18_6369445_General_1948_Vol_1
Agency: Department of War
Incident date: 6/15/48
Page 3
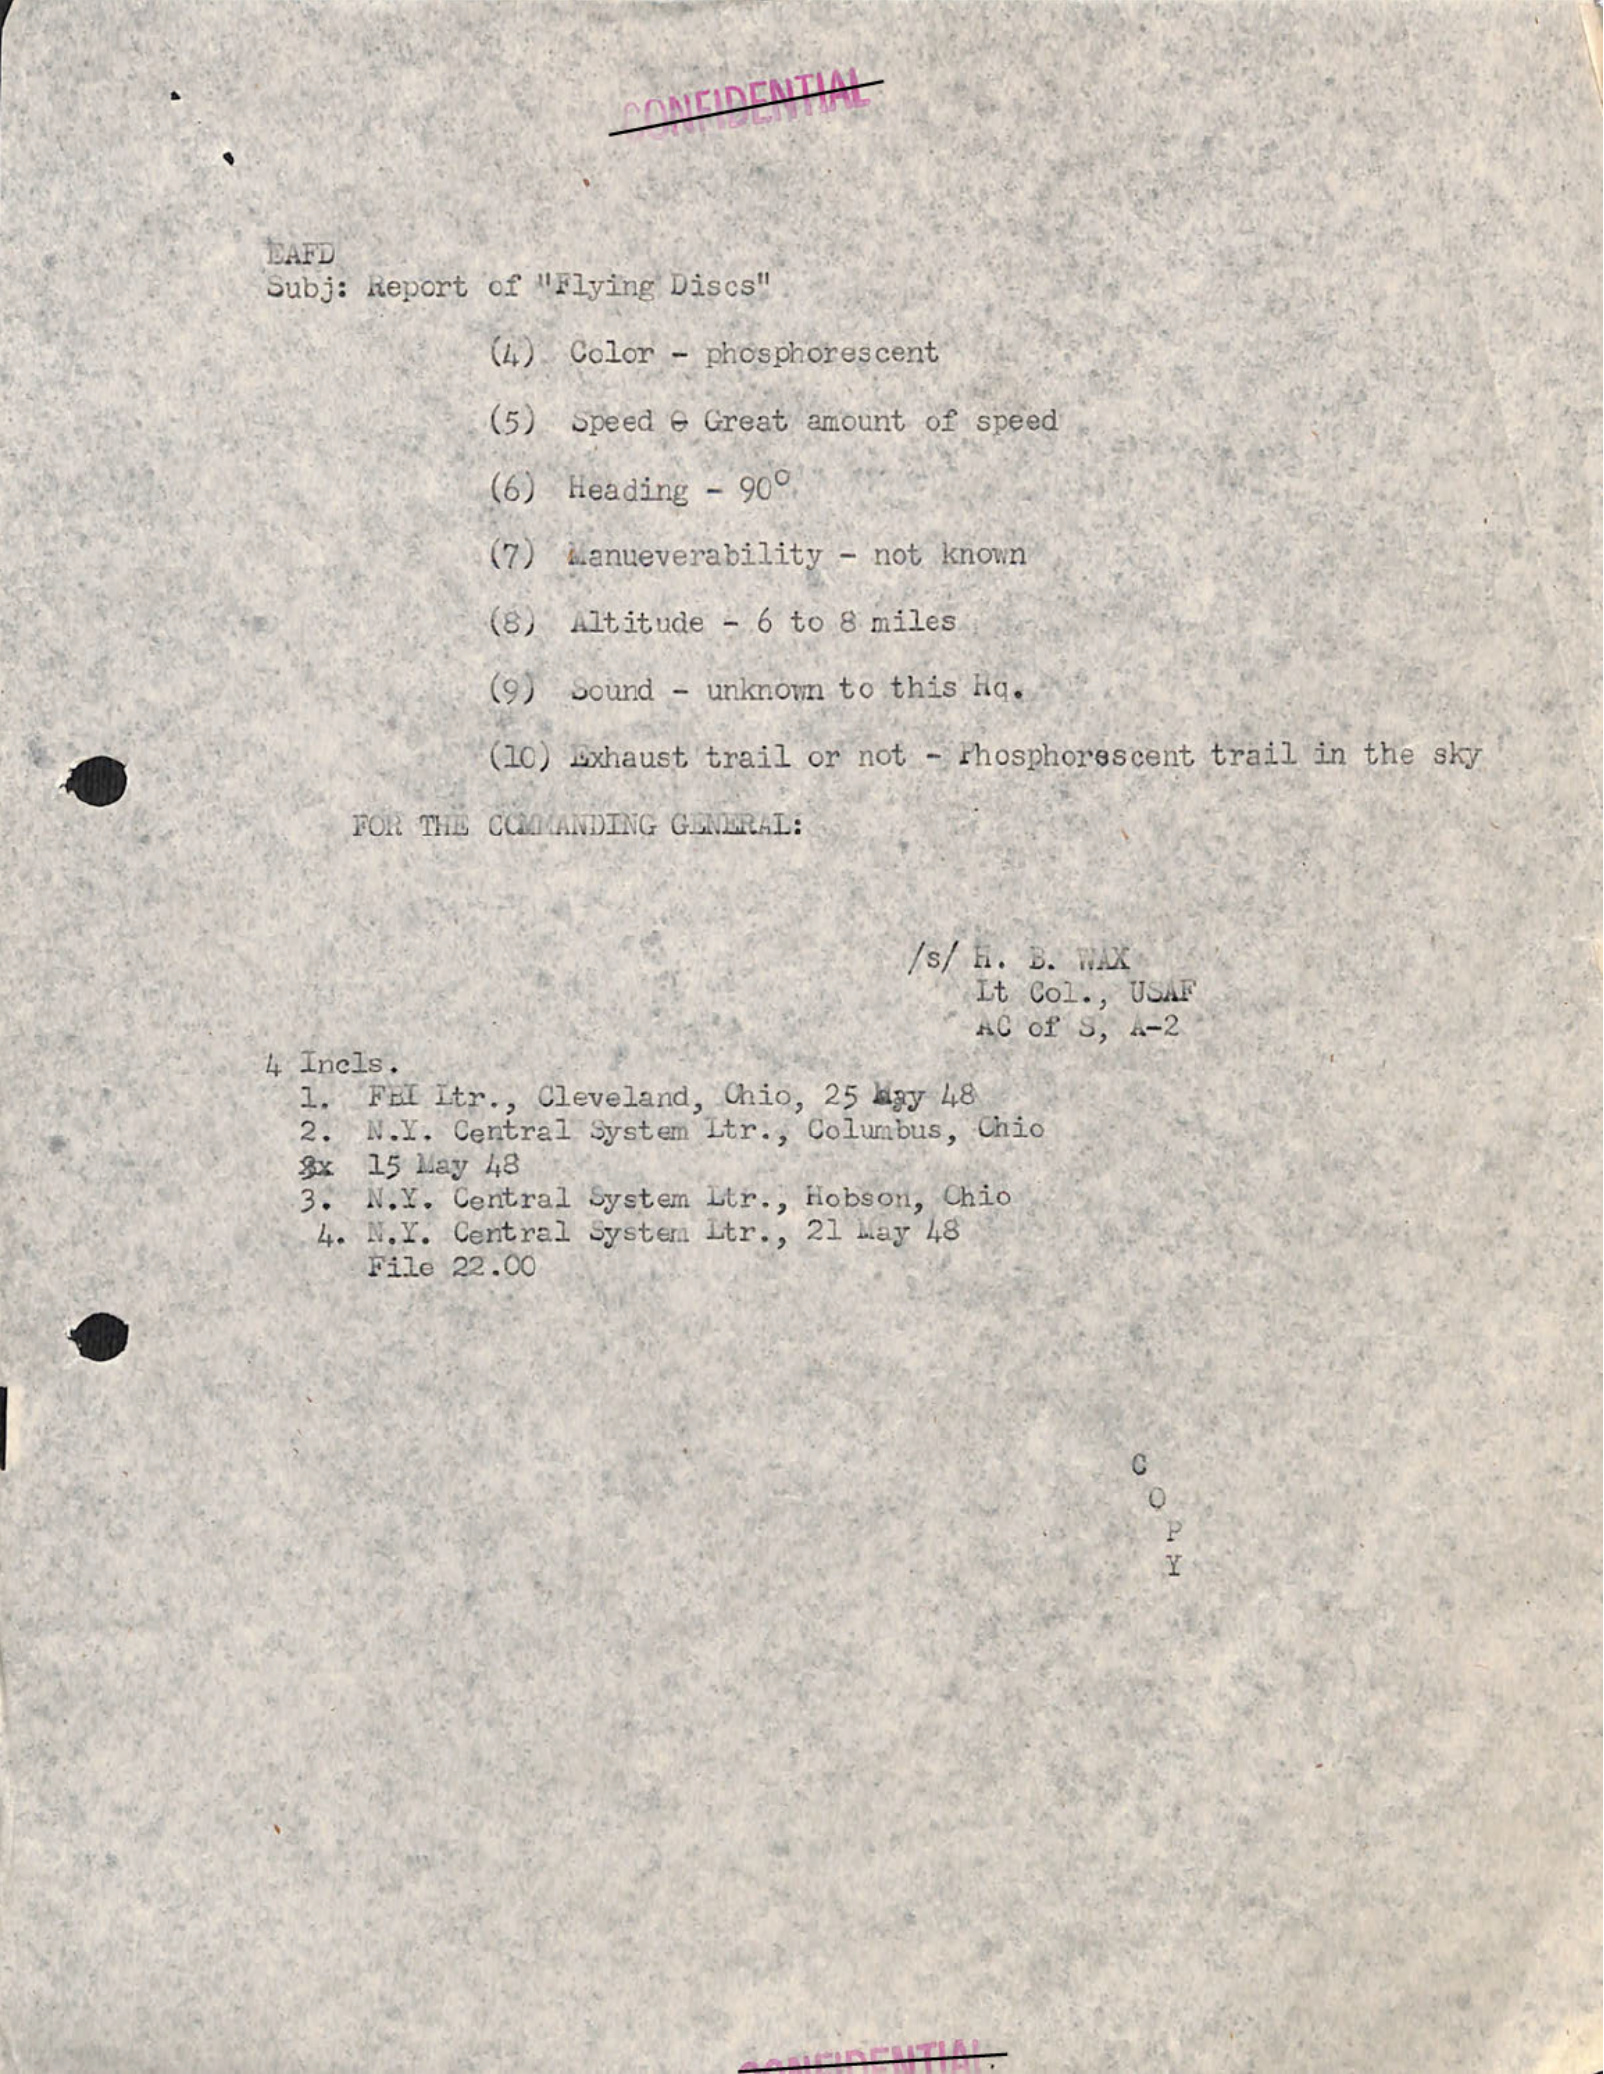